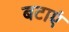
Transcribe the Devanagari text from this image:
बटाएं